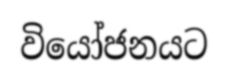
වියෝජනයට